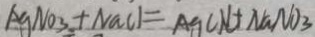
A g N O _ { 3 } + N a C l = A g C N + N a N O _ { 3 }